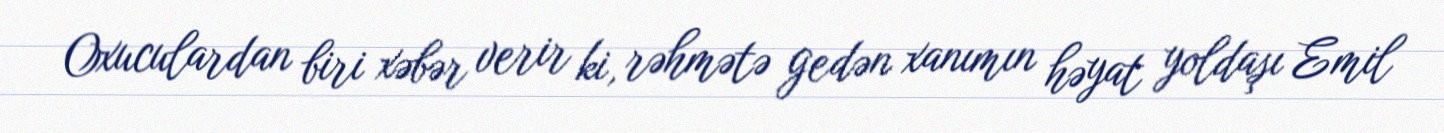
Oxuculardan biri xəbər verir ki, rəhmətə gedən xanımın həyat yoldaşı Emil